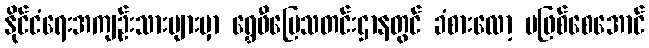
နိုင်ငံရေးအကျဉ်းသားများမှာ ရွှေဖီမြေသတင်းဌာနတွင် ခံစားလော့ မဖြစ်စေအောင်